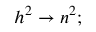
h ^ { 2 } \to n ^ { 2 } ;